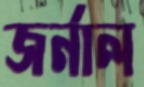
জর্নাল